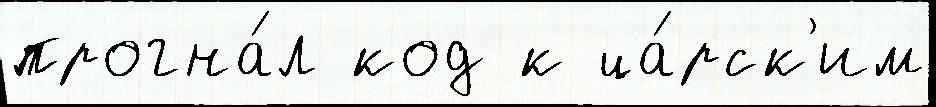
прогна́л код к ца́рск'им